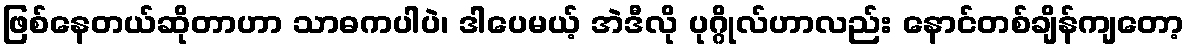
ဖြစ်နေတယ်ဆိုတာဟာ သာဓကပါပဲ၊ ဒါပေမယ့် အဲဒီလို ပုဂ္ဂိုလ်ဟာလည်း နောင်တစ်ချိန်ကျတော့